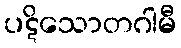
ပဋိသောတဂါမီ